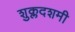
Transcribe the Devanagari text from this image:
शुक्लदशमी